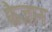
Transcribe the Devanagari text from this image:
फैज़ान